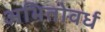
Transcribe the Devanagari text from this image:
अभितोवर्ध